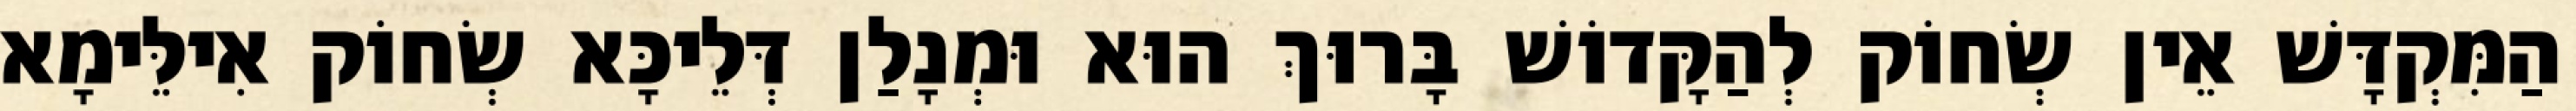
הַמִּקְדָּשׁ אֵין שְׂחוֹק לְהַקָּדוֹשׁ בָּרוּךְ הוּא וּמְנָלַן דְּלֵיכָּא שְׂחוֹק אִילֵּימָא